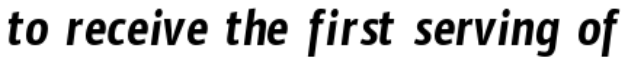
to receive the first serving of